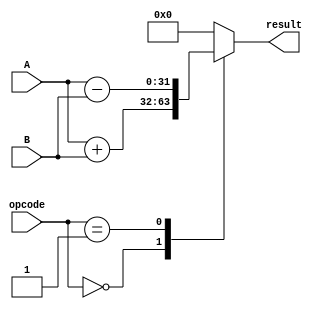
module arithmetic_block(input [31:0] A, B,  // Inputs
                        input [1:0] opcode,  // Operation code (0: Addition, 1: Subtraction)
                        output reg [31:0] result);  // Arithmetic block output

  always @(*)
  begin
    case (opcode)
      2'b00: result = A + B;  // Addition
      2'b01: result = A - B;  // Subtraction
      default: result = 32'b0; // Default case
    endcase
  end

endmodule